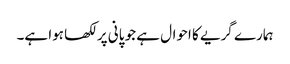
ہمارے گریے کا احوال ہے جو پانی پر لکھا ہوا ہے۔